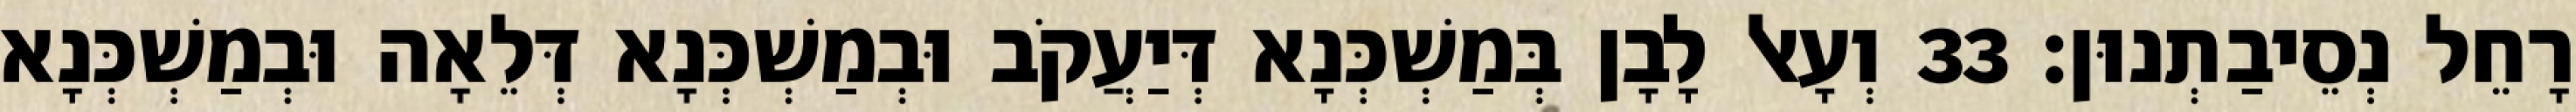
רָחֵל נְסֵיבַתְנוּן׃ 33 וְעָאל לָבָן בְּמַשְׁכְּנָא דְּיַעֲקֹב וּבְמַשְׁכְּנָא דְּלֵאָה וּבְמַשְׁכְּנָא